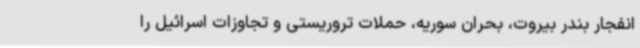
انفجار بندر بیروت، بحران سوریه، حملات تروریستی و تجاوزات اسرائیل را